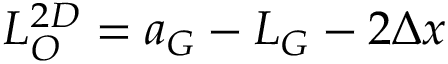
L _ { O } ^ { 2 D } = a _ { G } - L _ { G } - 2 \Delta x